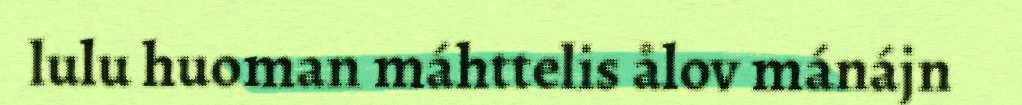
lulu huoman máhttelis ålov mánájn